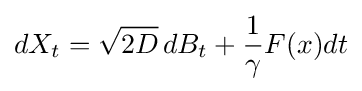
dX_{t}={\sqrt {2D}}\,dB_{t}+{\frac {1}{\gamma }}F(x)dt